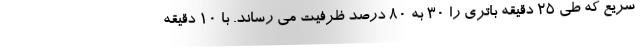
سریع که طی 25 دقیقه باتری را 30 به 80 درصد ظرفیت می رساند. با 10 دقیقه